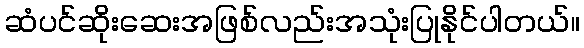
ဆံပင်ဆိုးဆေးအဖြစ်လည်းအသုံးပြုနိုင်ပါတယ်။